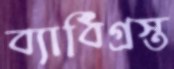
ব্যাধিগ্রস্ত